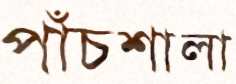
পাঁচশালা